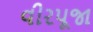
વીરપૂજા